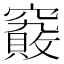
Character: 𰩞